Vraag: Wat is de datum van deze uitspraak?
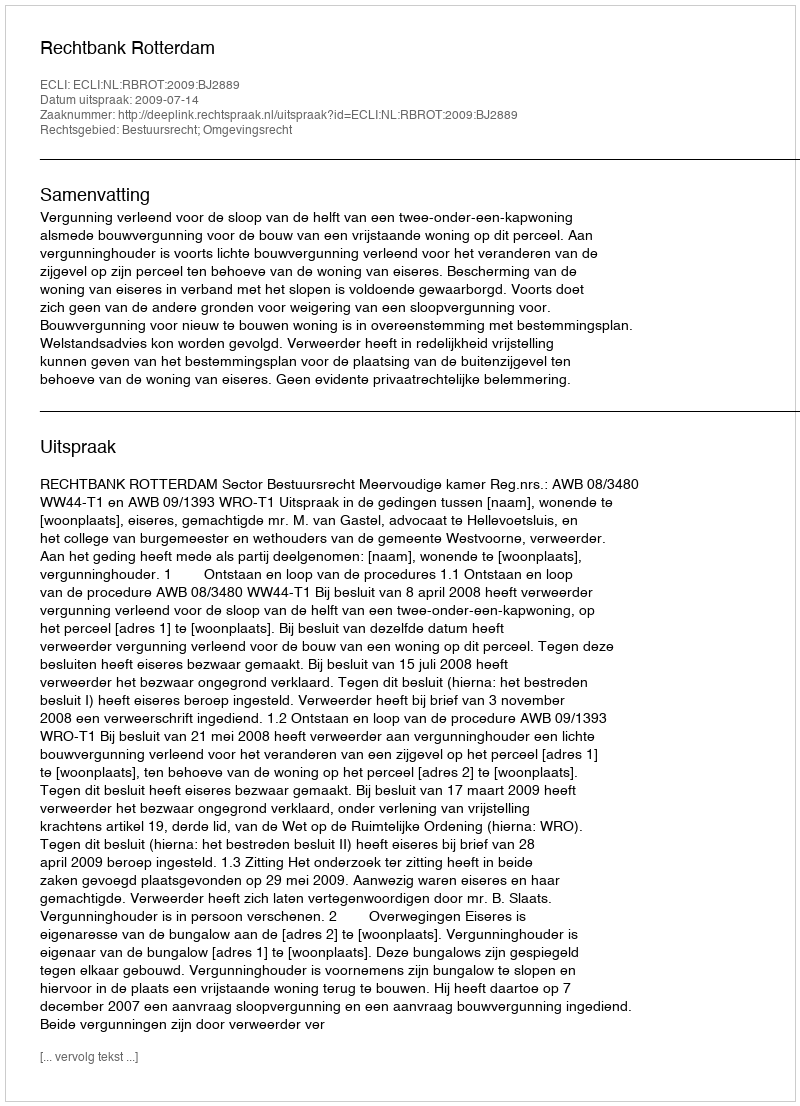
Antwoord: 2009-07-14